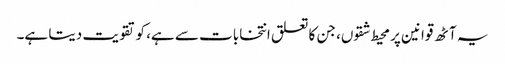
یہ آٹھ قوانین پر محیط شقوں، جن کا تعلق انتخابات سے ہے، کو تقویت دیتا ہے۔